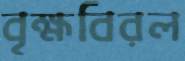
বৃক্ষবিরল